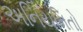
અનિયમિતો